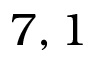
7 , 1